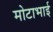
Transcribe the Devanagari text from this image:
मोटाभाई